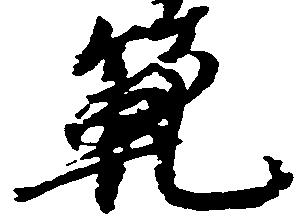
範